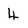
Character: 4